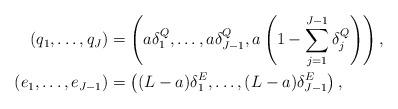
LaTeX: \begin{align*}(q_1,\dots,q_J)&=\left(a\delta^Q_1,\dots,a\delta^Q_{J-1},a\left(1-\sum_{j=1}^{J-1}\delta^Q_j\right)\right),\\(e_1,\dots,e_{J-1})&=\left((L-a)\delta^{E}_1,\dots,(L-a)\delta^{E}_{J-1}\right),\end{align*}